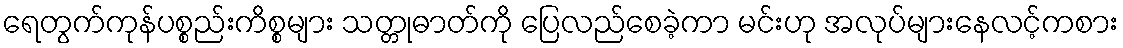
ရေတွက်ကုန်ပစ္စည်းကိစ္စများ သတ္တုဓာတ်ကို ပြေလည်စေခဲ့ကာ မင်းဟု အလုပ်များနေလင့်ကစား